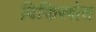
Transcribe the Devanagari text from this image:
विकिस्त्रोत